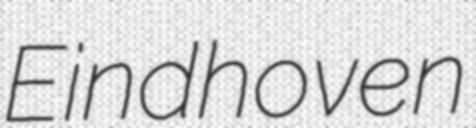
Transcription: Eindhoven